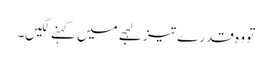
تو وہ قدرے تیز لہجے میں کہنے لگیں۔